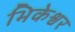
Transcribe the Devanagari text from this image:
भिकेश्वर